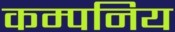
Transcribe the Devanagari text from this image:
कम्पनिय